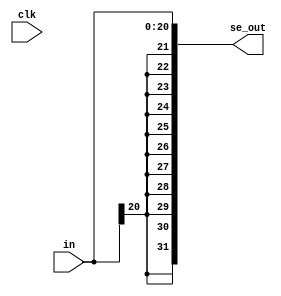
`timescale 1ns / 1ps
//////////////////////////////////////////////////////////////////////////////////
// Company: 
// Engineer: 
// 
// Design Name: 
// Module Name: signextend
// Project Name: 
// Target Devices: 
// Tool Versions: 
// Description: 
// 
// Dependencies: 
// 
// Revision:
// Revision 0.01 - File Created
// Additional Comments:
// 
//////////////////////////////////////////////////////////////////////////////////


module signextend(in, clk, se_out);
input signed [20:0] in;
input clk;
output signed [31:0] se_out;

    assign se_out =  {{11{in[20]}},in[20:0]};

endmodule